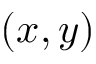
( x , y )